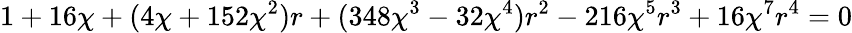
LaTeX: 1+16\chi+(4\chi+152\chi^{2})r+(348\chi^{3}-32\chi^{4})r^{2}-216\chi^{5}r^{3}+16\chi^{7}r^{4}=0